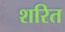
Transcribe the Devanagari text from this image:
शरित